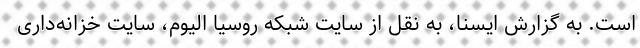
است. به گزارش ایسنا، به نقل از سایت شبکه روسیا الیوم، سایت خزانه‌داری